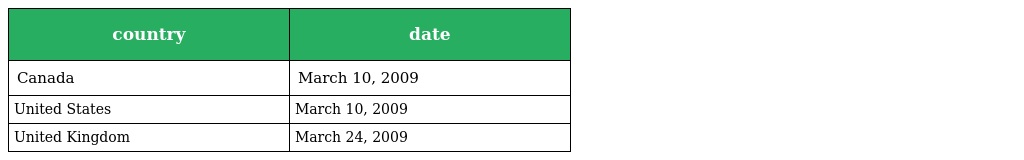
| country | date |
 | --- | --- |
 | Canada | March 10, 2009 |
 | United States | March 10, 2009 |
 | United Kingdom | March 24, 2009 |